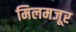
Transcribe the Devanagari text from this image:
मिलमजूर